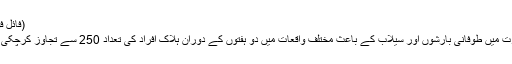
(فائل فوٹو)
بھارت میں طوفانی بارشوں اور سیلاب کے باعث مختلف واقعات میں دو ہفتوں کے دوران ہلاک افراد کی تعداد 250 سے تجاوز کرچکی ہے۔